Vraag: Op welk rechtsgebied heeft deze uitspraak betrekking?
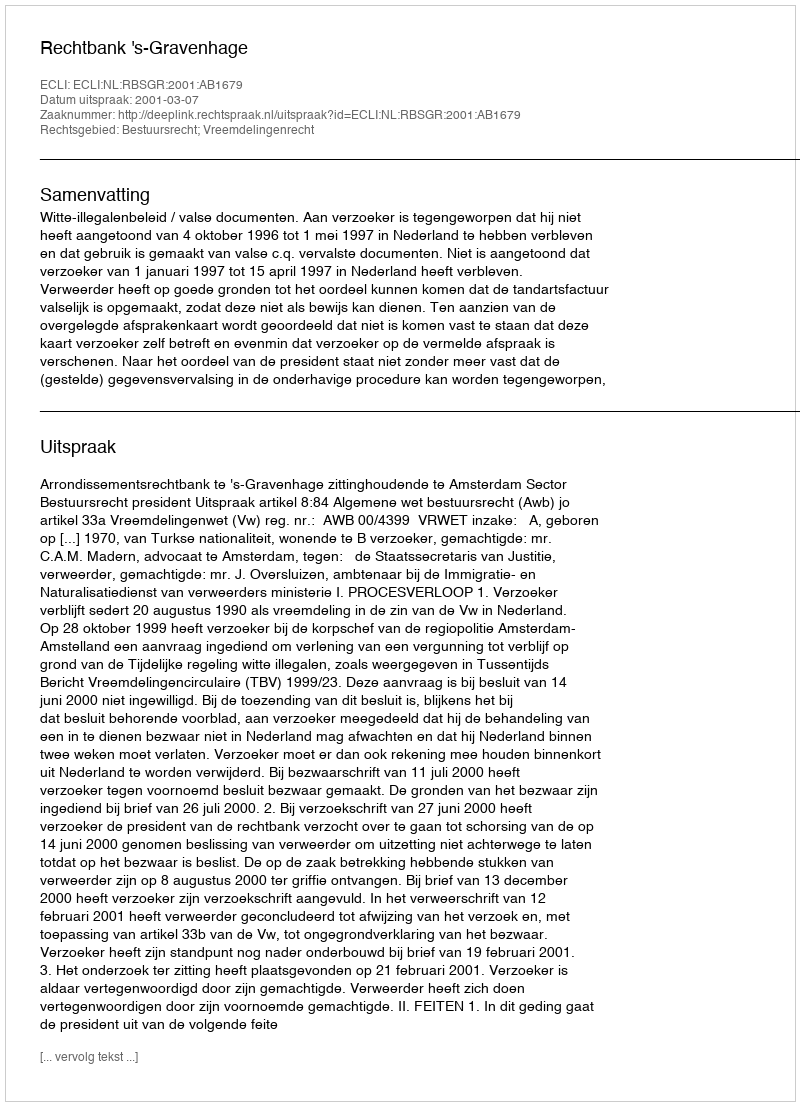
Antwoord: Bestuursrecht; Vreemdelingenrecht